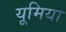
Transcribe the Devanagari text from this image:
यूमिया